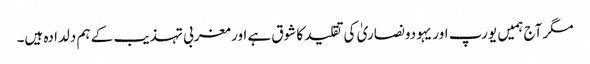
مگر آج ہمیں یورپ اور یہودونصاریٰ کی تقلید کا شوق ہے اور مغربی تہذیب کے ہم دلدادہ ہیں۔